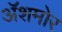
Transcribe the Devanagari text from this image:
अॅशमोर